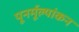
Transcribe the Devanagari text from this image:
पूनर्मूल्यांकन